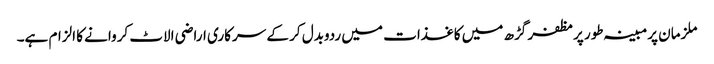
ملزمان پرمبینہ طور پرمظفر گڑھ میں کاغذات میں ردوبدل کر کے سرکاری اراضی الاٹ کروانے کا الزام ہے۔